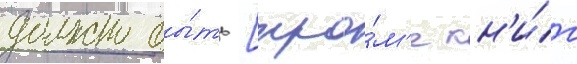
должно бы́ть [кро́м'е кн'и́г